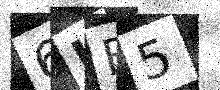
Text: 6IE5